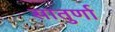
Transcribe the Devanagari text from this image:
सातुर्णा